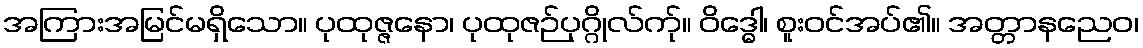
အကြားအမြင်မရှိသော။ ပုထုဇ္ဇနော၊ ပုထုဇဉ်ပုဂ္ဂိုလ်က်ု။ ဝိဒ္ဓေါ၊ စူးဝင်အပ်၏။ အတ္တာနညေဝ၊